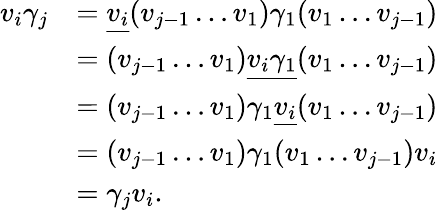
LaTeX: \begin{array}{rl}{v_{i}\gamma_{j}}&{=\underline{{v_{i}}}(v_{j-1}\ldots v_{1})\gamma_{1}(v_{1}\ldots v_{j-1})}\\ &{=(v_{j-1}\ldots v_{1})\underline{{v_{i}\gamma_{1}}}(v_{1}\ldots v_{j-1})}\\ &{=(v_{j-1}\ldots v_{1})\gamma_{1}\underline{{v_{i}}}(v_{1}\ldots v_{j-1})}\\ &{=(v_{j-1}\ldots v_{1})\gamma_{1}(v_{1}\ldots v_{j-1})v_{i}}\\ &{=\gamma_{j}v_{i}.}\end{array}